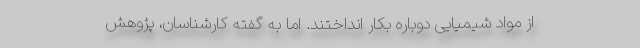
از مواد شیمیایی دوباره بکار انداختند. اما به گفته کارشناسان، پژوهش